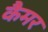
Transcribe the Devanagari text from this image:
कैमर